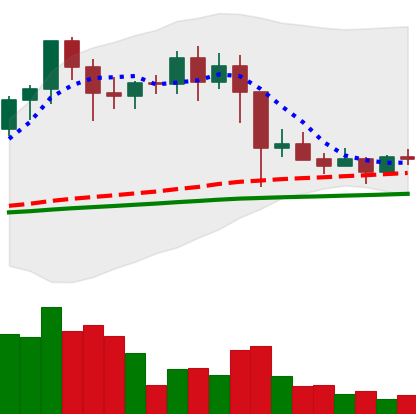
Ticker: EOS-USD
Chart end date: 2021-03-02
Forward return: 4.81%
Label: up_3_5